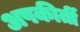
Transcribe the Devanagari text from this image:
अपकीर्ती